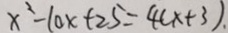
x ^ { 2 } - 1 0 x + 2 5 = 4 ( x + 3 ) .